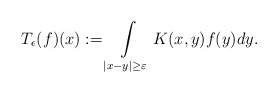
\begin{align*}T_{\epsilon}(f)(x):= \int\limits_{|x-y|\geq\varepsilon}K(x,y)f(y)dy.\end{align*}